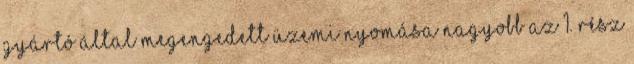
gyártó által megengedett üzemi nyomása nagyobb az 1. rész